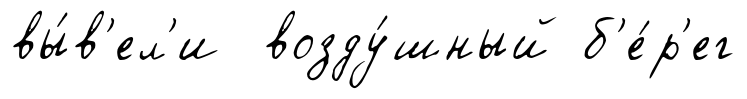
вы́в'ел'и возду́шный б'е́р'ег